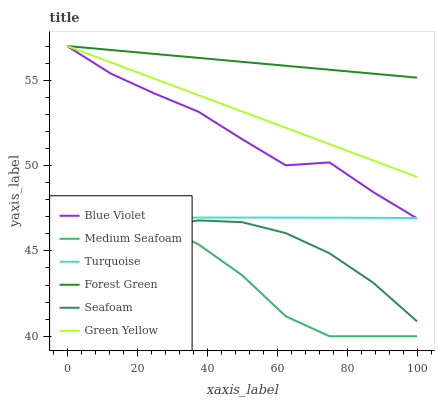
| xaxis_label | Blue Violet | Medium Seafoam | Turquoise | Forest Green | Seafoam | Green Yellow |
 | --- | --- | --- | --- | --- | --- | --- |
 | 0 | 57 | 47.3 | 46.9 | 57 | 43.8 | 57 |
 | 12.5 | 55.4 | 47.2 | 46.9 | 56.8 | 45.4 | 56 |
 | 25 | 54.2 | 46.6 | 46.9 | 56.5 | 46.3 | 55.1 |
 | 37.5 | 53.2 | 45.4 | 47 | 56.3 | 46.8 | 54.1 |
 | 50 | 51.5 | 43.6 | 47 | 56.1 | 46.7 | 53.2 |
 | 62.5 | 50 | 41.2 | 46.9 | 55.8 | 46 | 52.2 |
 | 75 | 50.2 | 40 | 46.9 | 55.6 | 44.9 | 51.3 |
 | 87.5 | 48.4 | 40 | 46.9 | 55.4 | 43.1 | 50.3 |
 | 100 | 46.9 | 40 | 46.9 | 55.1 | 40.9 | 49.3 |